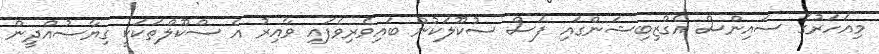
މިއަހަރުގެ ސައިންސް އެގްޒިބިޝަންގައި ފަސް ސުކޫލަކުން ބައިވެރިވެފައި ވާއިރު އެ ސްކޫލްތަކަކީ ގިޔާސުއްދީން